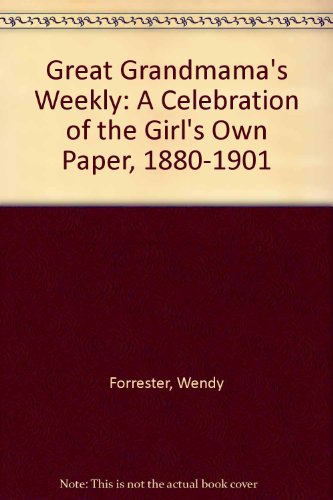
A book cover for Great Grandmama's Weekly: A Celebration of the "Girl's Own Paper", 1880-1901; Wendy Forrester; Humor & Entertainment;